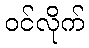
ဝင်လိုက်